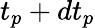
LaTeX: t_{p}+dt_{p}